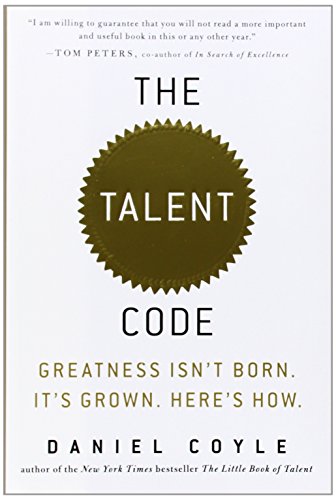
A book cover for The Talent Code: Greatness Isn't Born. It's Grown. Here's How.; Daniel Coyle; Self-Help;